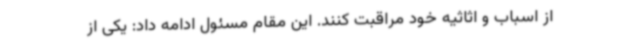
از اسباب و اثاثیه خود مراقبت کنند. این مقام مسئول ادامه داد: یکی از